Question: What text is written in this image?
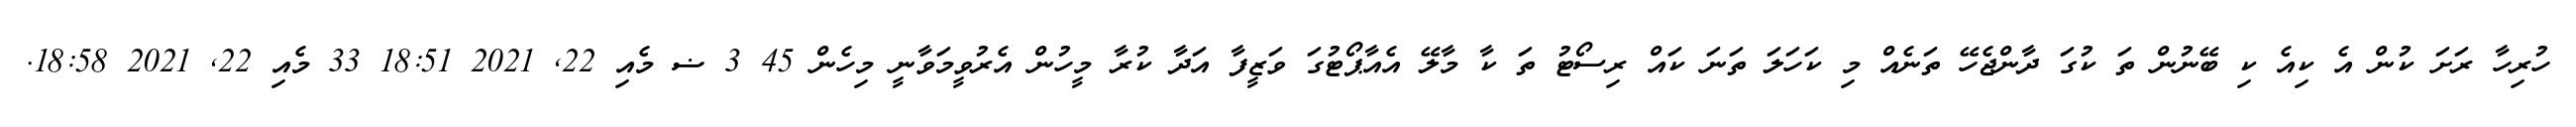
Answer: ހުރިހާ ރަށަ ކުން އެ ކިއެ ކި ބޭނުން ތަ ކުގަ ދާންޖެހޭ ތަނެއް މި ކަހަލަ ތަނަ ކައް ރިސޯޓު ތަ ކާ މާލޭ އެއާޕޯޓުގަ ވަޒީފާ އަދާ ކުރާ މީހުން އެރުވީމަވާނީ މިހެން 45 3 ޟ މެއި 22, 2021 18:51 33 މެއި 22, 2021 18:58.